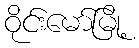
ဝိုင်းမော်မြို့